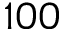
1 0 0